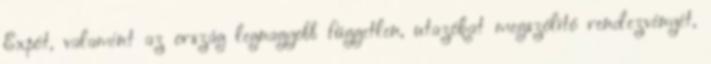
Expót, valamint az ország legnagyobb független, utazókat megszólító rendezvényét,